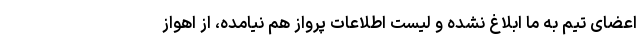
اعضای تیم به ما ابلاغ نشده و لیست اطلاعات پرواز هم نیامده، از اهواز